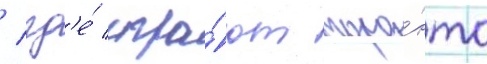
/ гд'е́ игра́ют торо́нто